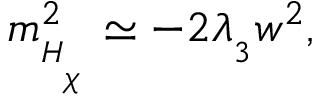
m _ { _ { H _ { _ { _ \chi } } } } ^ { 2 } \simeq - 2 \lambda _ { _ 3 } w ^ { 2 } ,